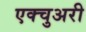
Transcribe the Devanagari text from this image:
एक्चुअरी